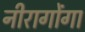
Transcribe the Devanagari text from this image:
नीरागोंगा